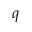
q